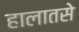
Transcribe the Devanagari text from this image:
हालातसे